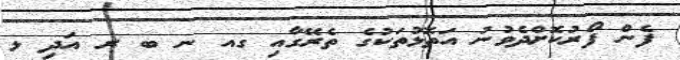
ފެން ފޯރުކޮށްދެވުނު އަތޮޅުތަކުގެ ތެރޭގާއި ގއ ނ ބ ރ އަދި ޅ